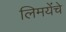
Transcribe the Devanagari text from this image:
लिमयेंंचे